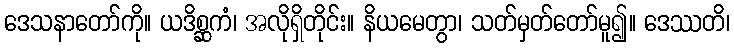
ဒေသနာတော်ကို။ ယဒိစ္ဆကံ၊ အလိုရှိတိုင်း။ နိယမေတွာ၊ သတ်မှတ်တော်မူ၍။ ဒေဿတိ၊